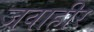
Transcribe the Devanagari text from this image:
जवाहीर